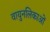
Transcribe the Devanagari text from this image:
वायुनलिकाओं